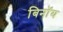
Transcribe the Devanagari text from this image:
बिनॉय